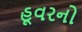
હૂવરનો